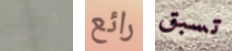
أحد رائع تسبق